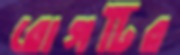
রোগটির